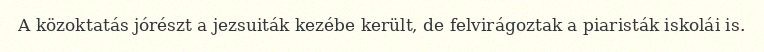
A közoktatás jórészt a jezsuiták kezébe került, de felvirágoztak a piaristák iskolái is.